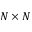
N \times N